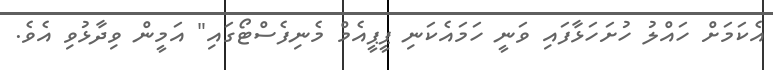
އެކަމަށް ހައްލު ހުށަހަޅާފައި ވަނީ ހަމައެކަނި ޕީޕީއެމް މެނިފެސްޓޯގައި" އަމީން ވިދާޅުވި އެވެ.